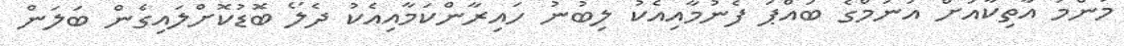
މަންމަ އާތިކާއަށް އަނަމްގެ ބައްޕަ ފެނުމާއިއެކު ލިބުނު ހައިރާންކަމާއިއެކު ދެލޯ ބޮޑުކޮށްލައިގެން ބަލަން